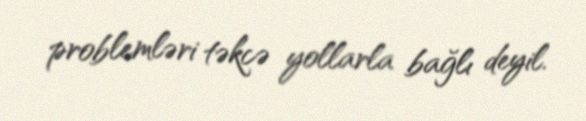
problemləri təkcə yollarla bağlı deyil.